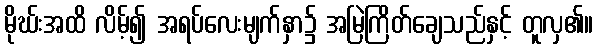
မိုဃ်းအထိ လိမ့်၍ အရပ်လေးမျက်နှာ၌ အမြဲကြိတ်ချေသည်နှင့် တူလှ၏။